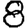
Digit: 8